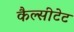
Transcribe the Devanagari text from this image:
कैल्सीटेट